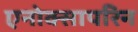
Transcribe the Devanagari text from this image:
एनोक्सापरिन